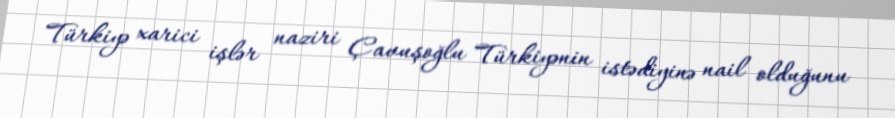
Türkiyə xarici işlər naziri Çavuşoğlu Türkiyənin istədiyinə nail olduğunu